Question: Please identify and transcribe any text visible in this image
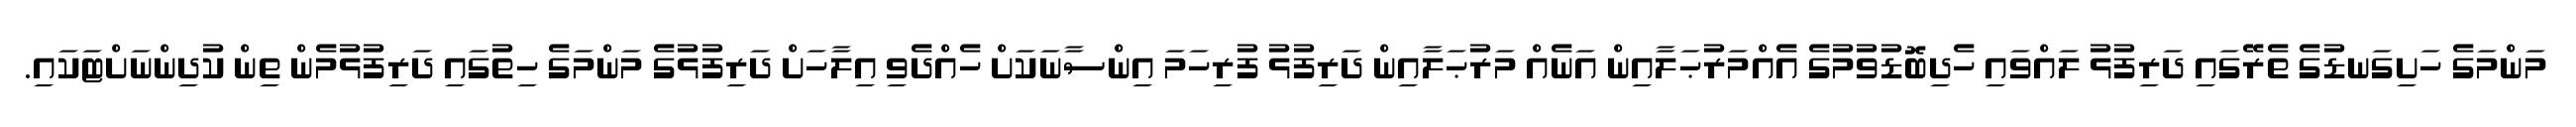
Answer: މަންމަގެ ހަށިގަނޑުގެ ތެރޭގައި ދަރިފުޅު ލައްވައި ހެދިބޮޑުވުމުގެ އެއްމަރުޙަލާއިން އަނެއް މަރުޙަލާއިން ދަރިފުޅު ފުރިހަމަ އިންސާނަކަށް ހެއްދެވި އިލާހަށް ދަރިފުޅުގެ މަންމަގެ ހިތުގައި ދަރިފުޅުމެން ތިން ކުދިންނަށްޓަކައި.